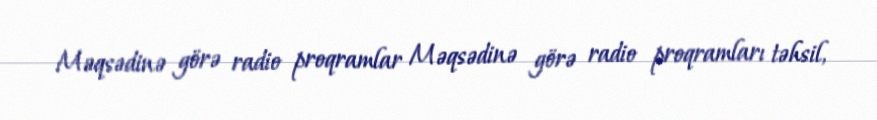
Məqsədinə görə radio proqramlar Məqsədinə görə radio proqramları təhsil,